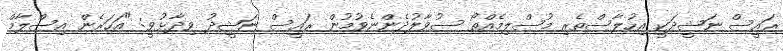
ރައީސް ނަޝީދަކީ އިހުލާސްތެރި މުސްލިމެއްތޯ ސުވާލުދެންނެވުމުން ރައީސް ނަޝީދު ވިދާޅުވީ: "އަހަރެން އިސްލާމް